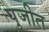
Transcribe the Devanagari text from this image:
पुजीत